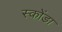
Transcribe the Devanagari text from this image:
स्कोंडा